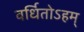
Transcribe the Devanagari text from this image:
वर्धितोऽहम्‌